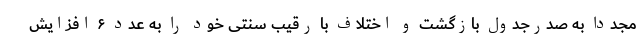
مجددا به صدرجدول بازگشت و اختلاف با رقیب سنتی خود را به عدد ۶ افزایش